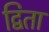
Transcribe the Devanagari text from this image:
द्विता